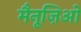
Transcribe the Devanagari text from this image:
मैनूज़िओ